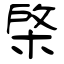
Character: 棨